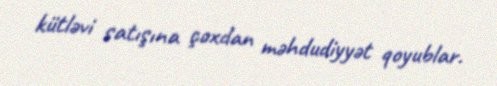
kütləvi satışına çoxdan məhdudiyyət qoyublar.